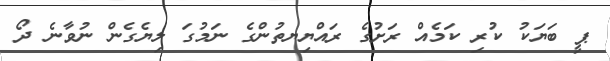
ޕީ ބަޔަކު ކުރި ކަމެއް ރަށުގެ ރައްޔިޔތުންގެ ނަމުގަ ލިޔެގެން ނުވާނެ ދޯ